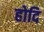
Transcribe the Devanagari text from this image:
होदि